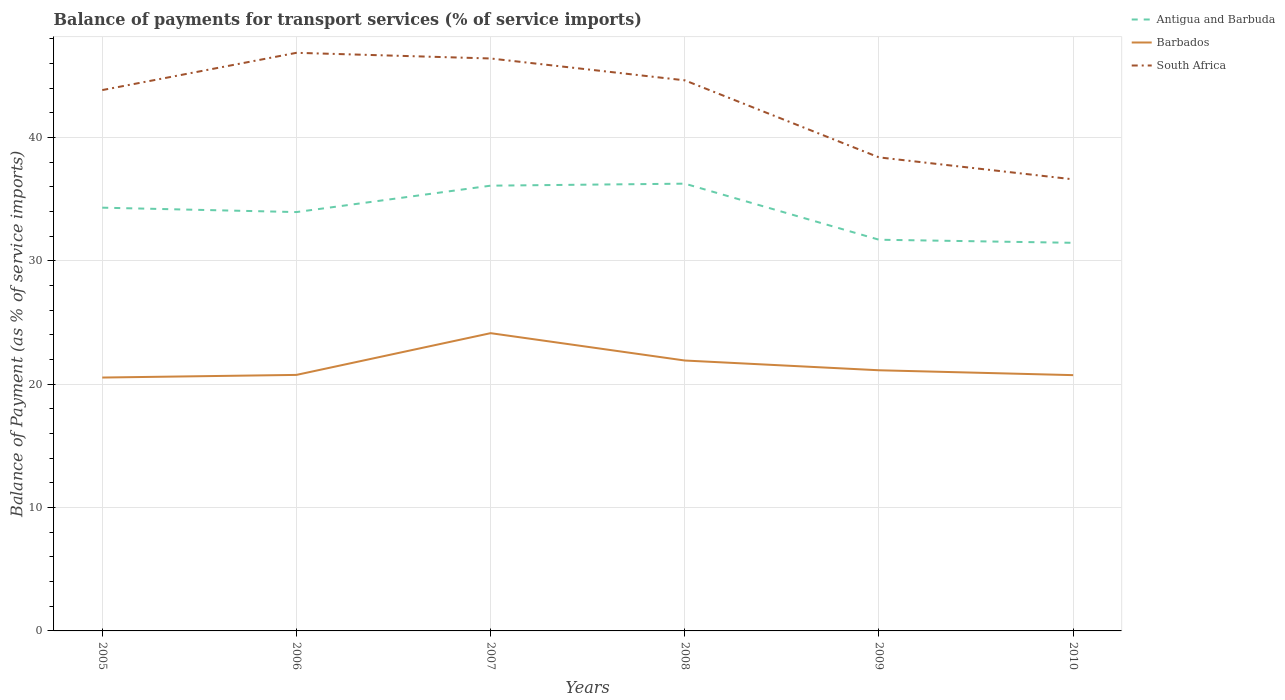
| Years | Antigua and Barbuda | Barbados | South Africa |
 | --- | --- | --- | --- |
 | 2005 | 34.3 | 20.5 | 43.8 |
 | 2006 | 34 | 20.8 | 46.9 |
 | 2007 | 36.1 | 24.1 | 46.4 |
 | 2008 | 36.3 | 21.9 | 44.6 |
 | 2009 | 31.7 | 21.1 | 38.4 |
 | 2010 | 31.5 | 20.7 | 36.6 |